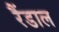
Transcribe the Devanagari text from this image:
रैंडाल